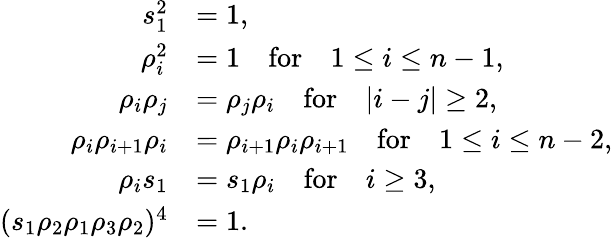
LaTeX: \begin{array}{rl}{s_{1}^{2}}&{=1,}\\ {\rho_{i}^{2}}&{=1\quad\textrm{for}\quad 1\le i\le n-1,}\\ {\rho_{i}\rho_{j}}&{=\rho_{j}\rho_{i}\quad\textrm{for}\quad|i-j|\geq 2,}\\ {\rho_{i}\rho_{i+1}\rho_{i}}&{=\rho_{i+1}\rho_{i}\rho_{i+1}\quad\textrm{for}\quad 1\le i\le n-2,}\\ {\rho_{i}s_{1}}&{=s_{1}\rho_{i}\quad\textrm{for}\quad i\geq 3,}\\ {(s_{1}\rho_{2}\rho_{1}\rho_{3}\rho_{2})^{4}}&{=1.}\end{array}